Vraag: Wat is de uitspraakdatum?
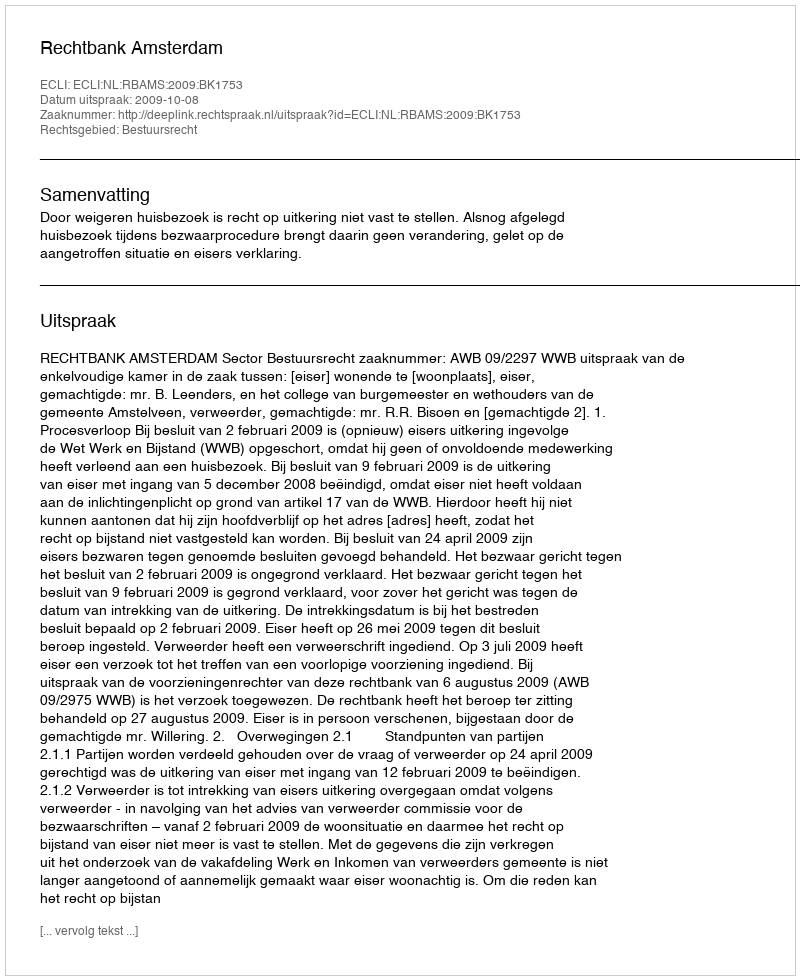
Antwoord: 2009-10-08